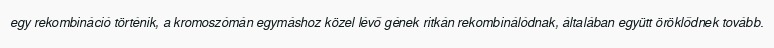
egy rekombináció történik, a kromoszómán egymáshoz közel lévő gének ritkán rekombinálódnak, általában együtt öröklődnek tovább.